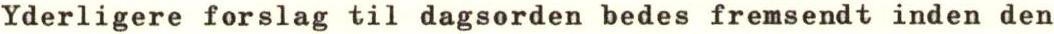
Yderligere forslag til dagsorden bedes fremsendt inden den